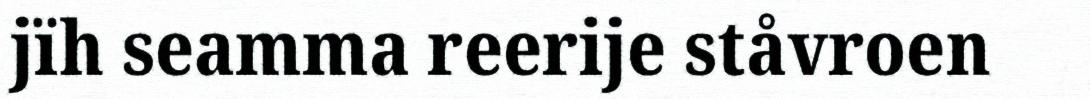
jïh seamma reerije ståvroen